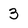
Character: 3